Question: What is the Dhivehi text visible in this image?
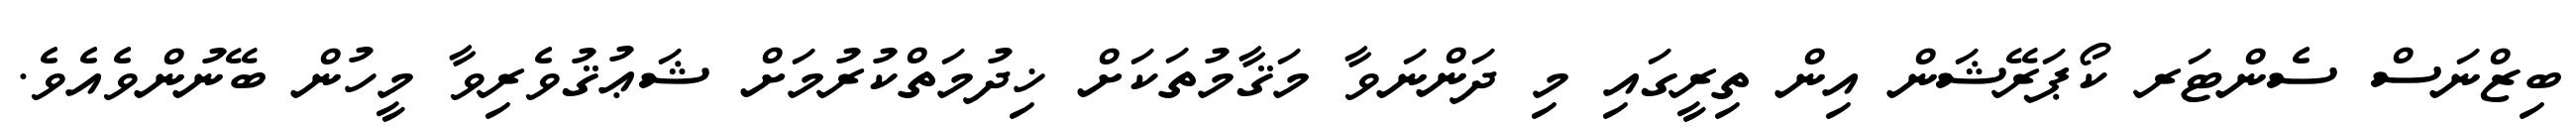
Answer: ބިޒްނަސް ސެންޓަރ ކޯޕަރޭޝަން އިން ތިރީގައި މި ދަންނަވާ މަޤާމުތަކަށް ޚިދުމަތްކުރުމަށް ޝަޢުޤުވެރިވާ މީހުން ބޭނުންވެއެވެ.